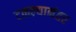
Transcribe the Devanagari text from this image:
टळल्यानंतर